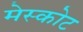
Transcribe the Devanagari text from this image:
मेस्कोट